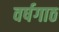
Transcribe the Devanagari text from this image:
वर्षगाठ